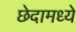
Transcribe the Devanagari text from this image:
छेदामध्ये